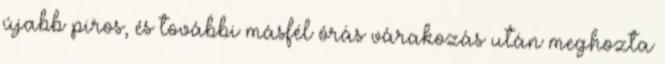
újabb piros, és további másfél órás várakozás után meghozta